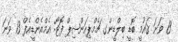
13 ވަނަ ޤައުމީ ބޮޑީ ބިލްޑީންގ ޗެމްޕިއަންޝިޕް ފޮޓޯ: އެމްއެންޑީއެފް 13 ވަނަ